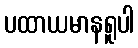
ပထာယမာနရူပါ